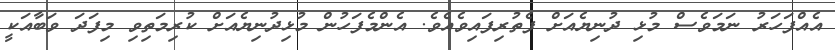
އެއްފަހަރު ނަމަވެސް މުޅި ދުނިޔެއަށް ފެތުރިފައިވެއެވެ. އެންމެފަހުން މުޅިދުނިޔެއަށް ކުރިމަތިވި މިފަދަ ވަބާއަކީ